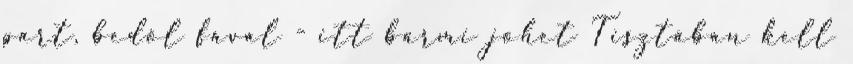
part, bedől fával - itt bármi jöhet Tisztában kell